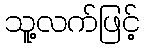
သူ့လက်ဖြင့်